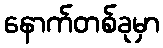
နောက်တစ်ခုမှာ